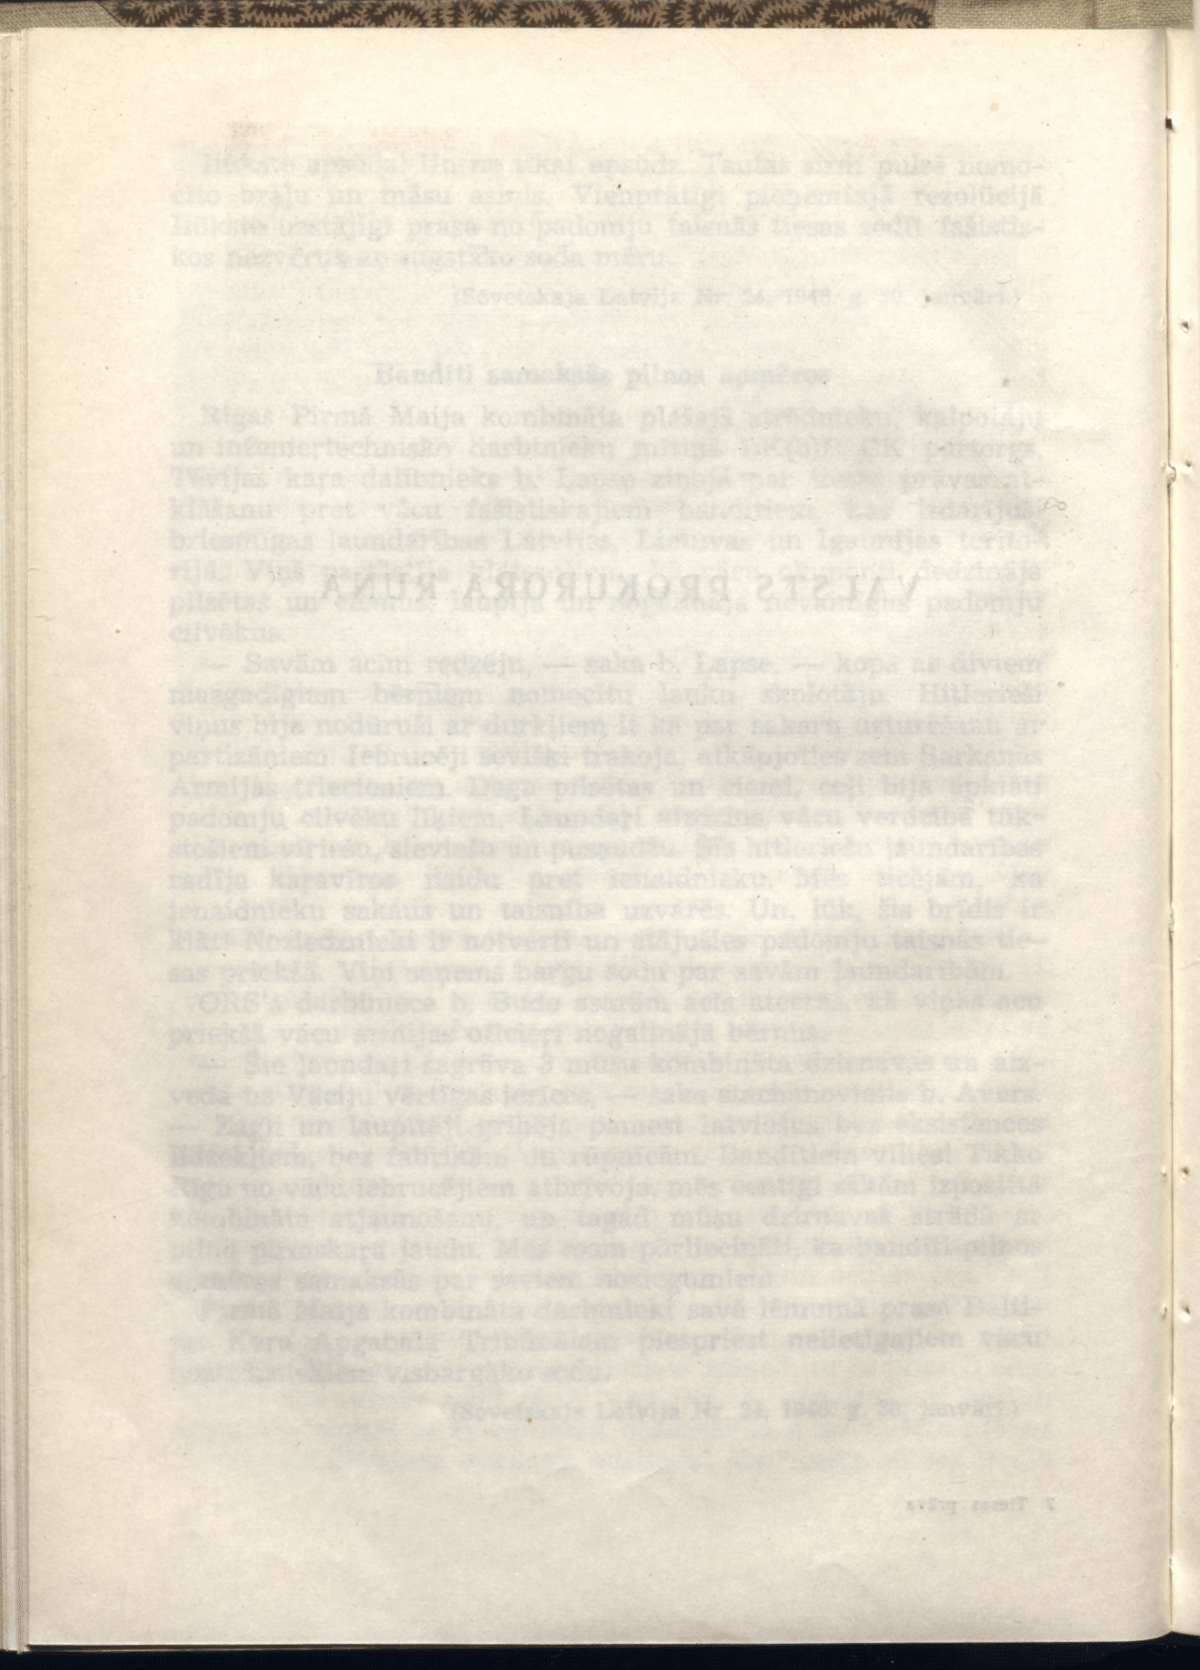
Language: lv